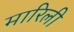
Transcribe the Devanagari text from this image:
मारिली